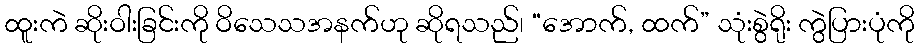
ထူးကဲ ဆိုးဝါးခြင်းကို ဝိသေသအနက်ဟု ဆိုရသည်၊ “အောက်, ထက်” သုံးစွဲရိုး ကွဲပြားပုံကို